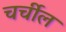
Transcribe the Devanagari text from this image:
चर्चील